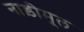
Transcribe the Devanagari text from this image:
नाड़ीमूल